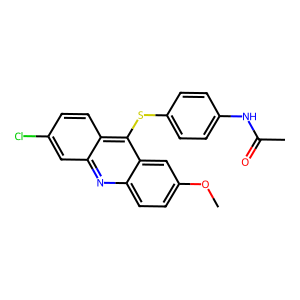
SMILES: COc1ccc2nc3cc(Cl)ccc3c(Sc3ccc(NC(C)=O)cc3)c2c1
Inhibits HIV replication: No